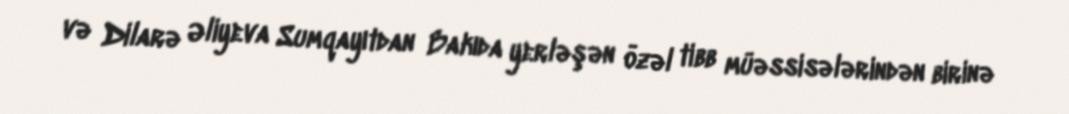
və Dilarə Əliyeva Sumqayıtdan Bakıda yerləşən özəl tibb müəssisələrindən birinə